Insane asylums Bombay 1873-77 - 1873-1877
Year: 1873
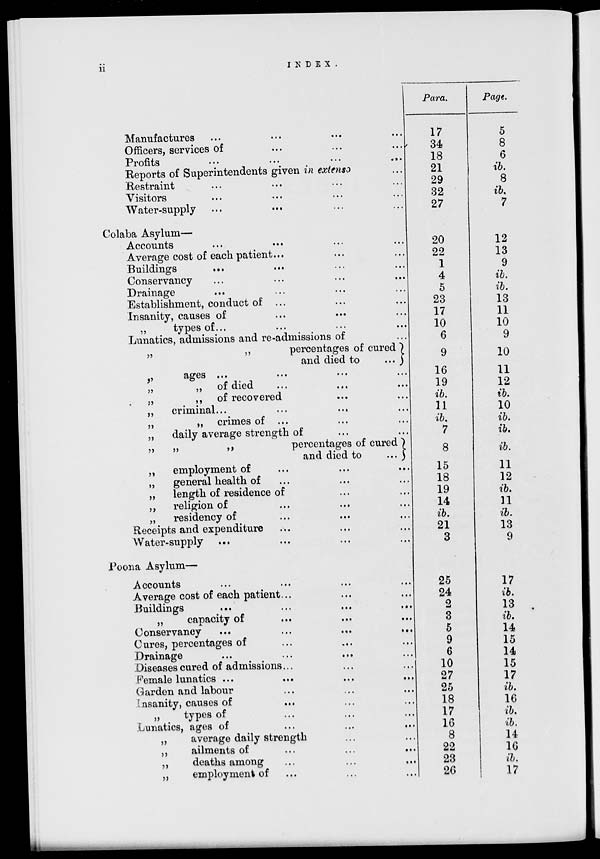
ii
INDEX.
Manufactures
...
...
...
...
Officers, services of ... ... ...
Profits
...
...
...
...
Reports of Superintendents given in extenso ...
Restraint ... ... ... ...
Visitors ... ... ... ...
Water-supply ... ... ... ...
Colaba Asylum—
Accounts ... ... ... ...
Average cost of each patient ... ... ...
Buildings ... ... ... ...
Conservancy ... ... ... ...
Drainage ... ... ... ...
Establishment, conduct of ... ... ...
Insanity, causes of ... ... ...
„
types of ... ... ... ...
Lunatics, admissions and re-admissions of ...
„
„
percentages of cured
and died to
...
..
ages
...
...
...
...
„
„ of died ... ... ...
„
„
of recovered ... ...
„
criminal ... ... ... ...
„
„ crimes of ... ... ...
„
daily average strength of ... ...
„
„
..
percentages of cured
and died to
...
„
employment of ... ... ...
„
general health of ... ... ...
„
length of residence of ... ...
„
religion of ... ... ...
„
residency of ... ... ...
Receipts and expenditure ... ... ...
Water-supply ... ... ... ...
Poona Asylum—
Accounts ... ... ... ...
Average cost of each patient ... ... ...
Buildings
...
...
...
...
„
capacity of ... ... ...
Conservancy
...
...
...
...
Cures, percentages of ... ... ...
Drainage ... ... ... ...
Diseases cured of admissions ... ...
Female lunatics ... ... ... ...
Garden and labour ... ... ...
Insanity, causes of ... ... ...
„
types of ... ... ...
Lunatics, ages of ... ... ...
„
average daily strength ... ...
„
ailments of ... ... ...
„
deaths among ... ... ...
„
employment of ... ... ...
Para.
17
34
18
21
29
32
27
20
22
1
4
5
23
17
10
6
9
16
19
ib.
11
ib.
7
8
15
18
19
14
ib.
21
3
25
24
2
3
5
9
6
10
27
25
18
17
16
8
22
23
26
Page.
5
8
6
ib.
8
ib.
7
12
13
9
ib.
ib.
13
11
10
9
10
11
12
ib.
10
ib.
ib.
ib.
11
12
ib.
11
ib.
13
9
17
ib.
13
ib.
14
15
14
15
17
ib.
16
ib.
ib.
14
16
ib.
17